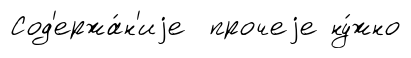
Сод'ержа́н'иjе прочеjе ну́жно